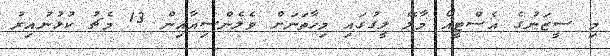
މި ސީޒަނުގެ އެސްޓީއޯ މާލޭ ލީގުގައި މިހާތަނަށް ވެލެންސިއާއިން 13 މެޗު ކުޅުނުއިރު